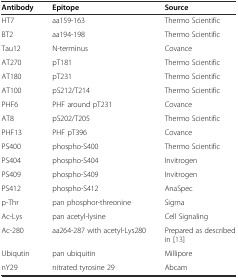
<table><thead><tr><td><b>Antibody</b></td><td><b>Epitope</b></td><td><b>Source</b></td></tr></thead><tbody><tr><td>HT7</td><td>aa159-163</td><td>Thermo Scientific</td></tr><tr><td>BT2</td><td>aa194-198</td><td>Thermo Scientific</td></tr><tr><td>Tau12</td><td>N-terminus</td><td>Covance</td></tr><tr><td>AT270</td><td>pT181</td><td>Thermo Scientific</td></tr><tr><td>AT180</td><td>pT231</td><td>Thermo Scientific</td></tr><tr><td>AT100</td><td>pS212/T214</td><td>Thermo Scientific</td></tr><tr><td>PHF6</td><td>PHF around pT231</td><td>Covance</td></tr><tr><td>AT8</td><td>pS202/T205</td><td>Thermo Scientific</td></tr><tr><td>PHF13</td><td>PHF pT396</td><td>Covance</td></tr><tr><td>PS400</td><td>phospho-S400</td><td>Thermo Scientific</td></tr><tr><td>PS404</td><td>phospho-S404</td><td>Invitrogen</td></tr><tr><td>PS409</td><td>phospho-S409</td><td>Invitrogen</td></tr><tr><td>PS412</td><td>phospho-S412</td><td>AnaSpec</td></tr><tr><td>p-Thr</td><td>pan phosphor-threonine</td><td>Sigma</td></tr><tr><td>Ac-Lys</td><td>pan acetyl-lysine</td><td>Cell Signaling</td></tr><tr><td>Ac-280</td><td>aa264-287 with acetyl-Lys280</td><td>Prepared as described in [13]</td></tr><tr><td>Ubiqutin</td><td>pan ubiquitin</td><td>Millipore</td></tr><tr><td>nY29</td><td>nitrated tyrosine 29</td><td>Abcam</td></tr></tbody></table>